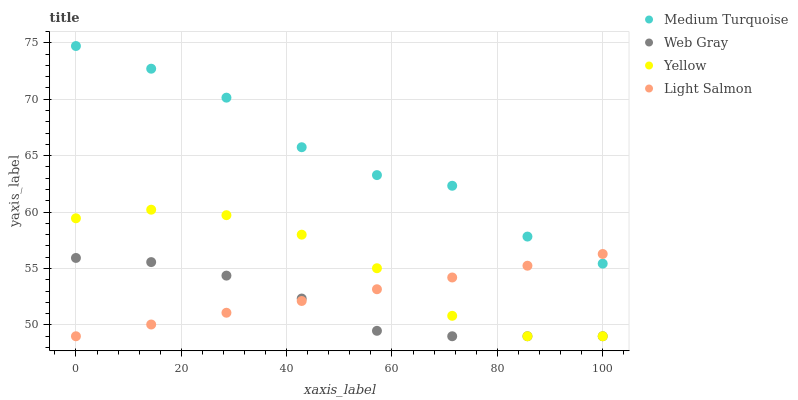
| xaxis_label | Medium Turquoise | Web Gray | Yellow | Light Salmon |
 | --- | --- | --- | --- | --- |
 | 0 | 74.7 | 55.9 | 59.5 | 49 |
 | 14.3 | 72.7 | 55.6 | 60.2 | 50 |
 | 28.6 | 70.1 | 54.4 | 59.7 | 51.1 |
 | 42.9 | 65.8 | 52.3 | 58 | 52.1 |
 | 57.1 | 63.3 | 49.5 | 55 | 53.2 |
 | 71.4 | 62.3 | 49 | 50.8 | 54.2 |
 | 85.7 | 57.8 | 49 | 49 | 55.2 |
 | 100 | 55.4 | 49 | 49 | 56.3 |